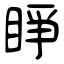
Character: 睜